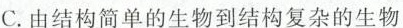
C.由结构简单的生物到结构复杂的生物